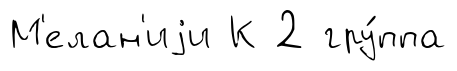
М'елан'иjи К 2 гру́ппа